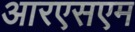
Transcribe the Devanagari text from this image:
आरएसएम